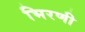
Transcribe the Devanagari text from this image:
भिरणी